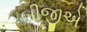
બીજીએ